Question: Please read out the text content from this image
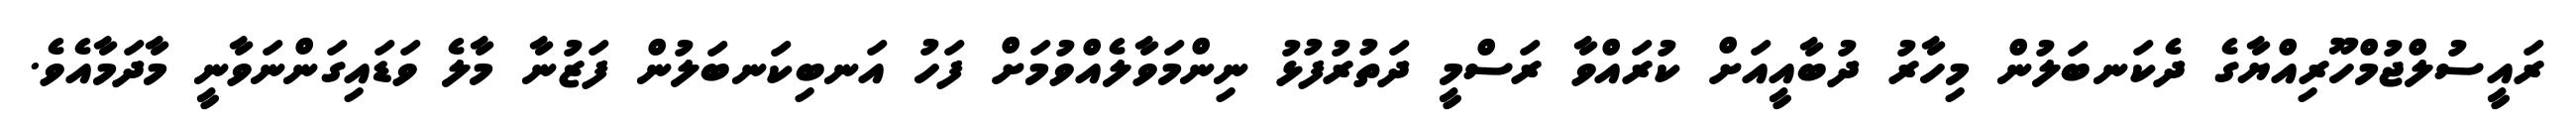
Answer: ރައީސުލްޖުމްހޫރިއްޔާގެ ދެކަނބަލުން މިހާރު ދުބާއީއަށް ކުރައްވާ ރަސްމީ ދަތުރުފުޅު ނިންމަވާލެއްވުމަށް ފަހު އަނބިކަނބަލުން ފަޒުނާ މާލެ ވަޑައިގަންނަވާނީ މާދަމާއެވެ.